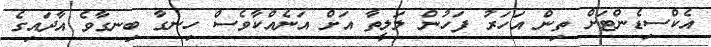
އެކްސިޑެންޓަށް ތިން އަހަރު ފަހުން ލަލީތާ އަށް އަނެއްކާވެސް ހިނގާ ބިނގާވެ އާދައިގެ